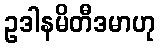
ဥဒါနမိတီဒမာဟု